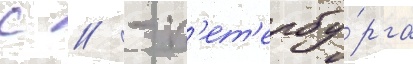
с // - п'ет'ербу́рга